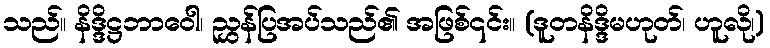
သည်။ နိဒ္ဒိဋ္ဌဘာဝေါ၊ ညွှန်ပြအပ်သည်၏ အဖြစ်၎င်း။ (ဒူတနိဒ္ဒိမဟုတ်၊ ဟူလို၊)